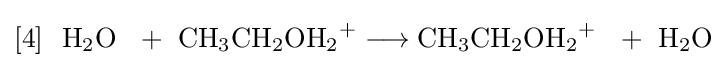
{[4]~\ \mathrm {H} {\vphantom {A}}_{\smash[{t}]{2}}\mathrm {O} ~\ {}+{}\ \mathrm {CH} {\vphantom {A}}_{\smash[{t}]{3}}\mathrm {CH} {\vphantom {A}}_{\smash[{t}]{2}}\mathrm {OH} {\vphantom {A}}_{\smash[{t}]{2}}{\vphantom {A}}^{+}{}\mathrel {\longrightarrow } {}\mathrm {CH} {\vphantom {A}}_{\smash[{t}]{3}}\mathrm {CH} {\vphantom {A}}_{\smash[{t}]{2}}\mathrm {OH} {\vphantom {A}}_{\smash[{t}]{2}}{\vphantom {A}}^{+}~\ {}+{}\ \mathrm {H} {\vphantom {A}}_{\smash[{t}]{2}}\mathrm {O} }